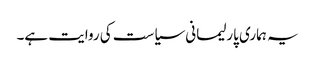
یہ ہماری پارلیمانی سیاست کی روایت ہے۔